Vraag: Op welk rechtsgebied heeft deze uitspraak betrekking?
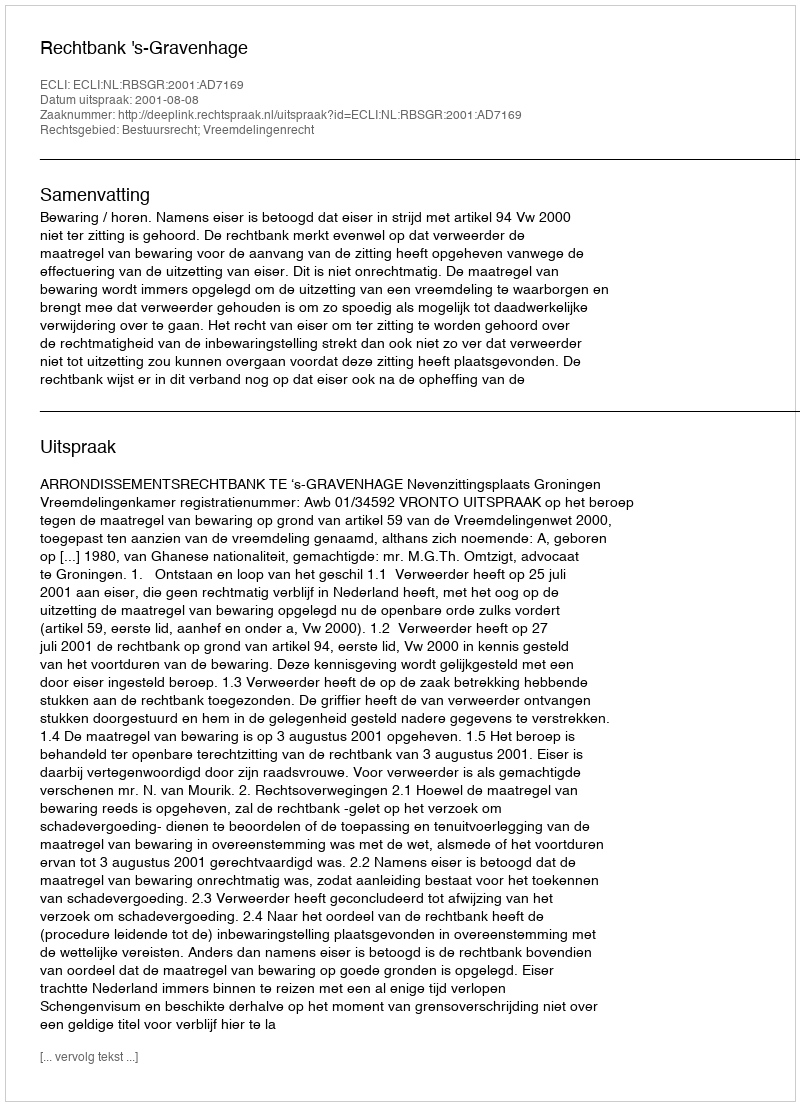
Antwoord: Bestuursrecht; Vreemdelingenrecht